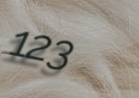
123